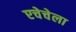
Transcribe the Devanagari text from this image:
एचेचेला